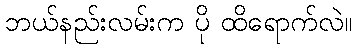
ဘယ်နည်းလမ်းက ပို ထိရောက်လဲ။